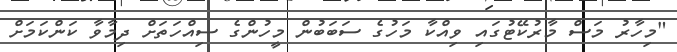
"މިހާރު މަސް މާރުކޭޓުގައި ވިއްކާ މަހުގެ ސަބަބުން މީހުންގެ ސިއްހަތަށް ދިމާވާ ކަންކަމަށް